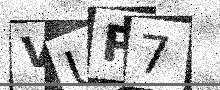
Text: VUP7